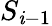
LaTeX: S_{\mathit{i}-1}